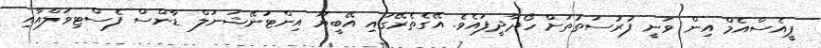
ޕީއެސްއެމް އިން ވަނީ ފުރުސަތުތަށް ހޯދާދީފައެވެ. އޭގެތެރޭގައި އޭބީޔޫ އިންޓަނޭޝަނަލް ޑާންސް ފެސްޓިވަލްއާއި